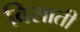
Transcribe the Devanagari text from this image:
विसाती